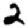
Digit: 2